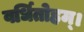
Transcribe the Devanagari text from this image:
वर्धितोहम्।